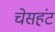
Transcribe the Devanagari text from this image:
चेसहंट